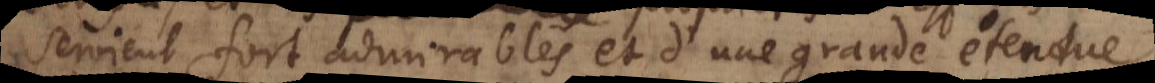
seroient fort admirables et d’une grande étendue.